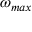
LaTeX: \omega _ { m a x }